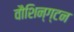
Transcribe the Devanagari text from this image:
वौशिन्ग्टन